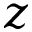
\boldsymbol { z }